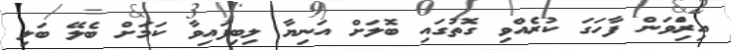
އިރަްިވަން ފާހަގަ ކުރެއްވި ގޮތުގައި ބޮލަށް އަނިޔާ ލިބިފައިވާ ކަމަށް ބެލޭ ބަލި